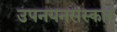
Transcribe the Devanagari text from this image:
उपनयनसंस्कार